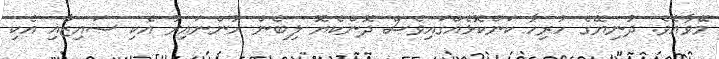
މޭވާއެވެ. ދުނިޔޭގެ ހުރިހާ ކަންކޮޅެއްގައިވެސް ދޮންކެޔޮ ލިބެން ހުންނައިރު އެކި ސައިޒާއި އެކި